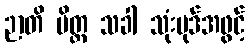
ဉာတိ မိတ္တ သခါ သုံးပုဒ်အဖွင့်